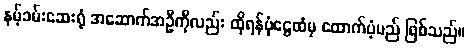
နမ့်ခမ်းဆေးရုံ အဆောက်အဦကိုလည်း ထိုရန်ပုံငွေထံမှ ထောက်ပံ့မည် ဖြစ်သည်။